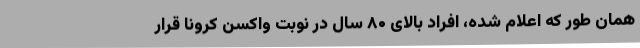
همان طور که اعلام شده، افراد بالای ۸۰ سال در نوبت واکسن کرونا قرار